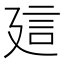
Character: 𧥡